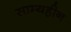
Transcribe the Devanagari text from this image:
साम्यहीन